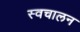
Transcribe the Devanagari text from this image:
स्‍वचालन